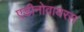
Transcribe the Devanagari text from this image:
एडीनोवायरस